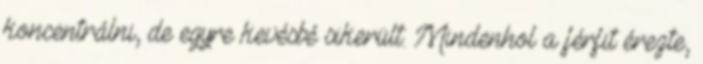
koncentrálni, de egyre kevésbé sikerült. Mindenhol a férfit érezte,